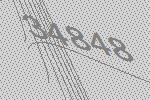
34848